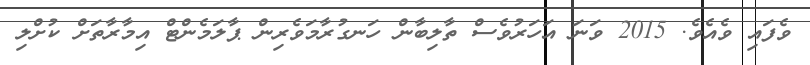
ވެފައި ވެއެވެ. 2015 ވަނަ އަހަރުވެސް ތާލިބާން ހަނގުރާމަވެރިން ޕާލަމެންޓް އިމާރާތަށް ކުށްލި